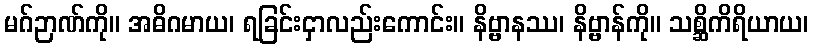
မဂ်ဉာဏ်ကို။ အဓိဂမာယ၊ ရခြင်းငှာလည်းကောင်း။ နိဗ္ဗာနဿ၊ နိဗ္ဗာန်ကို။ သစ္ဆိကိရိယာယ၊